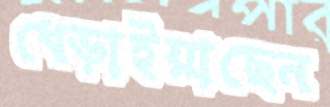
ধেড়াইয়াছেন